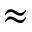
\approx